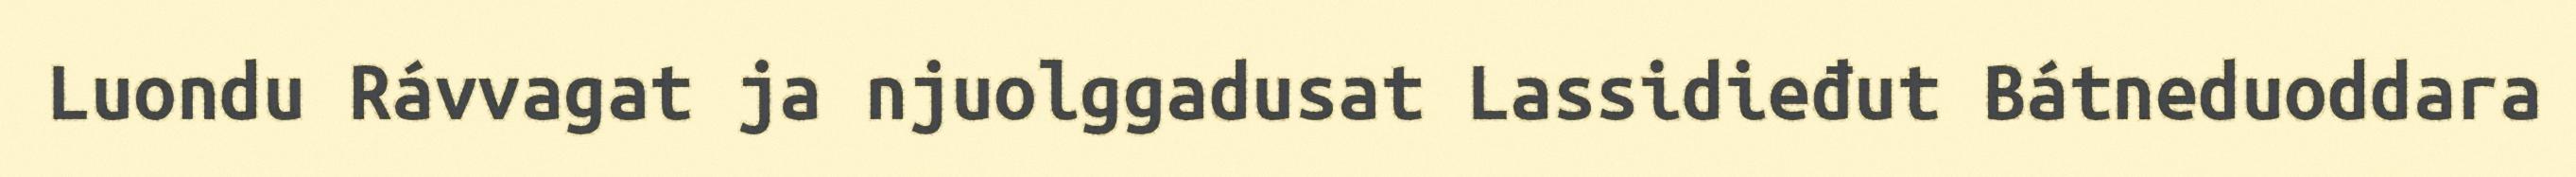
Luondu Rávvagat ja njuolggadusat Lassidieđut Bátneduoddara